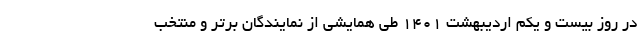
در روز بیست و یکم اردیبهشت 1401 طی همایشی از نمایندگان برتر و منتخب